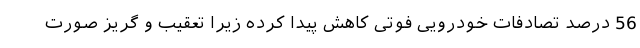
56 درصد تصادفات خودرویی فوتی کاهش پیدا کرده زیرا تعقیب و گریز صورت